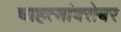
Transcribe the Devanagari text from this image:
चाहत्यांबरोबर